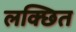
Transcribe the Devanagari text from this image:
लक्छित